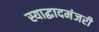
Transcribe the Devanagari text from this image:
स्याद्धादमंजरी